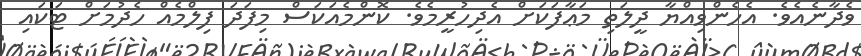
ވެދާނެއެވެ. އެހެންވިއްޔާ ދީލަތި މަޢާފަކަށް އެދިހުރީމެވެ. ކޮންމެއަކަސް މިފަދަ ފިލްމެއް ހެދުމަށް ޓަކައި